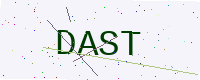
Text: DAST